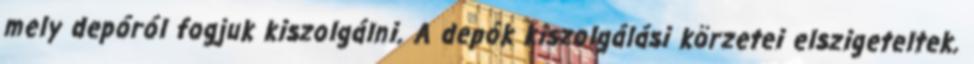
mely depóról fogjuk kiszolgálni. A depók kiszolgálási körzetei elszigeteltek.